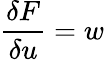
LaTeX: \frac{\delta F}{\delta u}=w